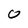
Character: 0